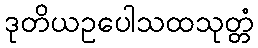
ဒုတိယဥပေါသထသုတ္တံ